Sanitation, dispensaries and jails vaccination Rajputana 1922-1927 - 1922-1927
Year: 1922
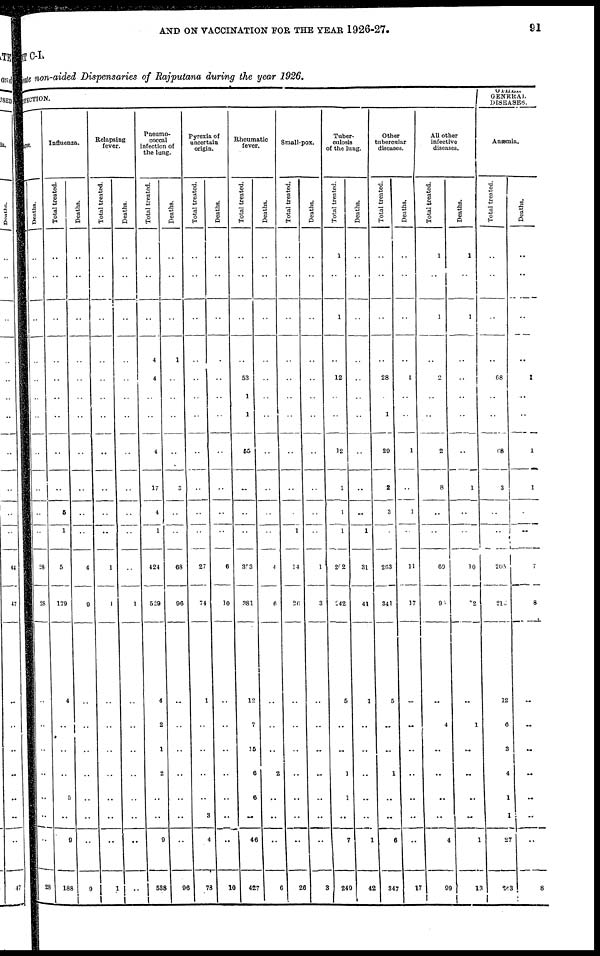
AND ON VACCINATION FOR THE YEAR 1926-27.
91
MENT C-I.
Private non-aided Dispensaries of Rajputana during the year 1926.
INFECTION.
Plague.
Deaths.
..
..
..
..
..
..
..
..
..
..
..
28
28
..
..
..
..
..
..
..
28
Influenza.
Total treated.
..
..
..
..
..
..
..
..
..
5
1
5
179
4
..
..
..
5
..
9
188
Deaths.
..
..
..
..
..
..
..
..
..
....
..
4
9
..
..
..
..
..
..
..
9
Relapsing
fever.
Total treated.
..
..
..
..
..
..
..
..
..
..
..
1
1
..
..
..
..
..
..
..
1
Deaths.
..
..
..
..
..
..
..
..
..
..
..
..
1
..
..
..
..
..
..
..
..
Pneumo-
coccal
infection of
the lung.
Total treated.
..
..
..
4
4
..
..
4
17
4
1
424
529
4
2
1
2
..
..
9
538
Deaths.
..
..
..
1
..
..
..
..
3
..
..
68
96
..
..
..
..
..
..
..
96
Pyrexia of
uncertain
origin.
Total treated.
..
..
..
..
..
..
..
..
..
..
..
27
74
1
..
..
..
..
3
4
78
Deaths.
..
..
..
..
..
..
..
..
..
..
..
6
10
..
..
..
..
..
..
..
10
Rheumatic
fever.
Total treated.
..
..
..
..
53
1
1
65
..
..
..
303
381
12
7
15
6
6
..
46
427
Deaths.
..
..
..
..
..
..
..
..
..
..
..
4
6
..
..
..
2
..
..
..
6
Small-pox.
Total treated.
..
..
..
..
..
..
..
..
..
..
1
14
26
..
..
..
..
..
..
..
26
Deaths.
..
..
..
..
..
..
..
..
..
..
..
1
3
..
..
..
..
..
..
..
3
Tuber-
culosis
of the lung.
Total treated.
1
..
1
..
12
..
..
12
1
1
1
202
242
5
..
..
1
1
..
7
249
Deaths.
..
..
..
..
..
..
..
..
..
..
1
31
41
1
..
..
..
..
..
1
42
Other
tubercular
diseases.
Total treated.
..
..
..
..
28
..
1
29
2
3
..
263
341
5
..
..
1
..
..
6
347
Deaths.
..
..
..
..
1
..
..
1
..
1
..
11
17
..
..
..
..
..
..
..
17
All other
infective
diseases.
Total treated.
1
..
1
..
2
..
..
2
8
..
..
69
95
..
4
..
..
..
..
4
99
Deaths.
1
..
1
..
..
..
..
..
1
..
..
10
12
..
1
..
..
..
..
1
13
OTHER
GENERAL
DISEASES.
Anæmia.
Total treated.
..
..
..
..
68
..
..
68
3
..
..
205
216
12
6
3
4
1
1
27
243
Deaths.
..
..
..
..
1
..
..
1
1
..
..
7
8
..
..
..
..
..
..
8